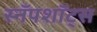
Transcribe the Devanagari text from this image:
स्नॅपशॉट्स